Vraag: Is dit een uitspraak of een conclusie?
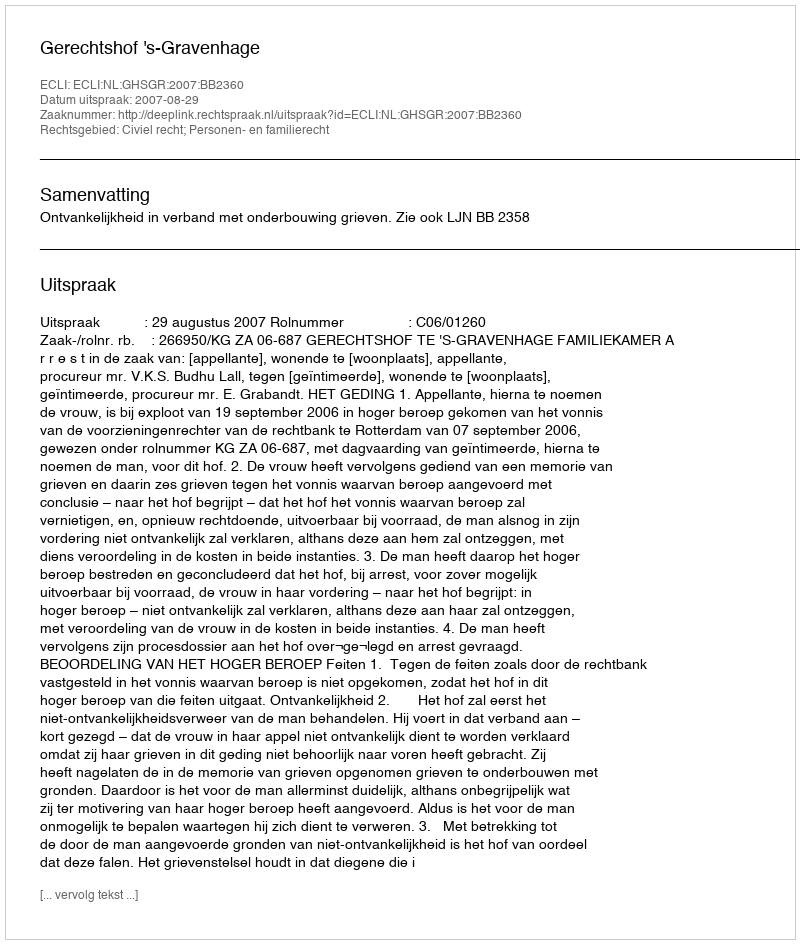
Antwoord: Uitspraak